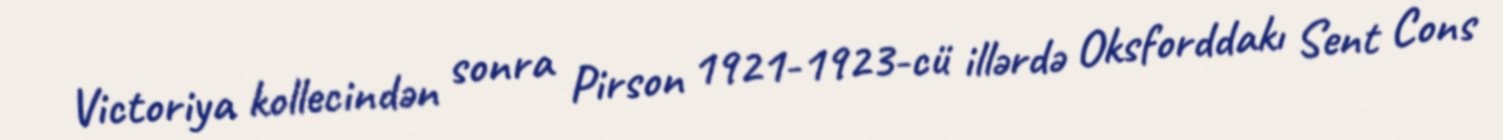
Victoriya kollecindən sonra Pirson 1921-1923-cü illərdə Oksforddakı Sent Cons